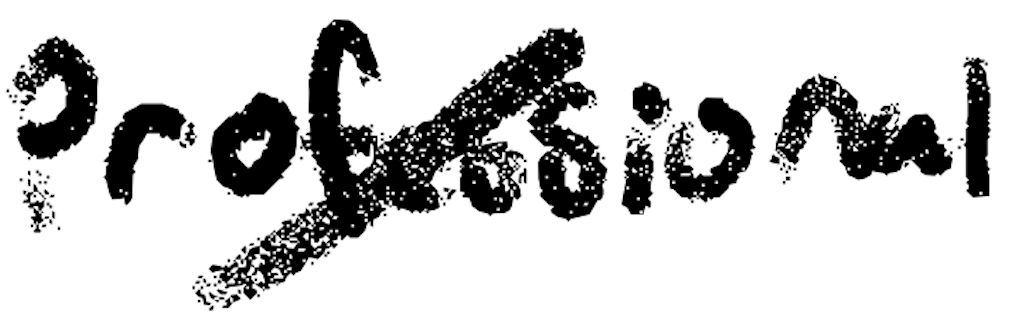
Text: professional
Cross-out: diagonal
Writing tool: digital_black